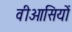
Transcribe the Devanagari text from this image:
वीओसियों